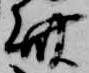
齋